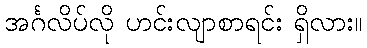
အင်္ဂလိပ်လို ဟင်းလျာစာရင်း ရှိလား။